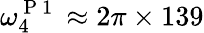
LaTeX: \omega_{4}^{\mathrm{~P~1~}}\approx 2\pi\times 139